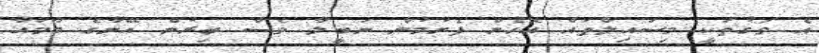
އެ ވަގުތަކީ މިސައިލްތައް އޮހެން ފެށުމުން ނަބީލާ ވެސް ބިރުން އޭނާގެ މާމައާ